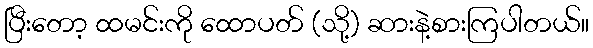
ပြီးတော့ ထမင်းကို ထောပတ် (သို့) ဆားနဲ့စားကြပါတယ်။